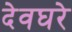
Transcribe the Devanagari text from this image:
देवघरे